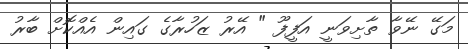
މަގޭ ނޭވާ ތާށިވަނީ އަފީފޫ " އޭރު ޒަހުރާގެ ގައިން އެއްކޮށް ބާރު